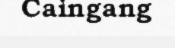
Caingang